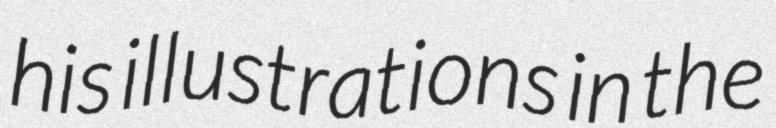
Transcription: his illustrations in the